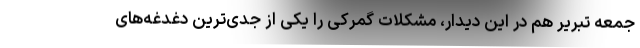
جمعه تبریر هم در این دیدار، مشکلات گمرکی را یکی از جدی‌ترین دغدغه‌های